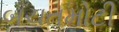
બચતમોટી